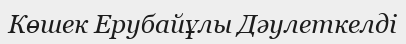
Көшек Ерубайұлы Дәулеткелді